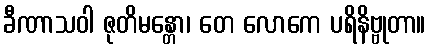
ခီဏာသဝါ ဇုတိမန္တော၊ တေ လောကေ ပရိနိဗ္ဗုတာ။